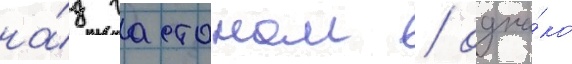
на́д гастоном / одна́ко